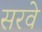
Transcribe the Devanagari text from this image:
सरवे